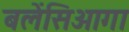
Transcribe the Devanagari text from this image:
बलेंसिआगा